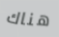
هناك